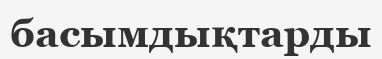
басымдықтарды